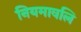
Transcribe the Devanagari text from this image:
नियमावलि